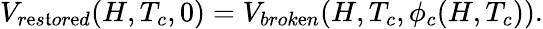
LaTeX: V_{r\mathrm{e}s\mathfrak{t}or\mathrm{e}d}(H,T_{c},0)=V_{brok\mathrm{e}n}(H,T_{c},\phi_{c}(H,T_{c})).